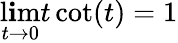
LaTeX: \operatorname*{l\mathbf{i}m}_{t\to0}t\cot(t)=1